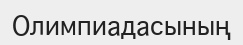
Олимпиадасының